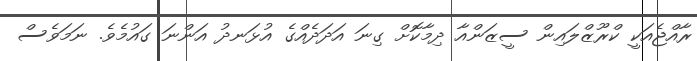
ރާއްޖެއަކީ ކްރޫޒްލައިން ސީޒަންއާ ދިމާކޮށް ގިނަ އަދަދެއްގެ އުޅަނދު އަންނަ ގައުމެވެ. ނަމަވެސް